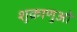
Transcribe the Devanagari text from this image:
शुक्राणुओ